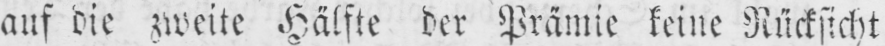
auf die zweite Hälfte der Prämie keine Rücksicht